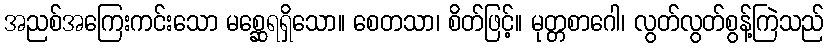
အညစ်အကြေးကင်းသော မစ္ဆေရရှိသော။ စေတသာ၊ စိတ်ဖြင့်။ မုတ္တစာဂေါ၊ လွတ်လွတ်စွန့်ကြဲသည်